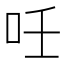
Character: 𠰃